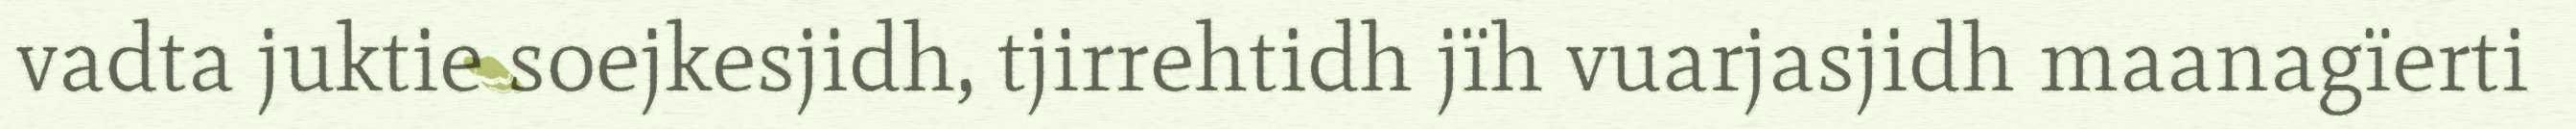
vadta juktie soejkesjidh, tjirrehtidh jïh vuarjasjidh maanagïerti